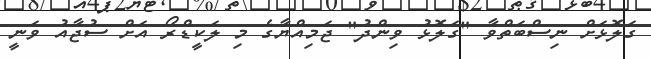
ގަލޮޅަށް ނިސްބަތްވާ "ގަލޮޅު ވިންދު" ޖަމިއްޔާގެ މި ލަކީޑްރޯ އަށް ސުޖާއު ވަނީ